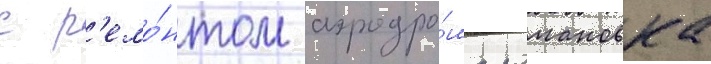
с р'емо́нтом аэродро́ма романовка